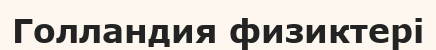
Голландия физиктері